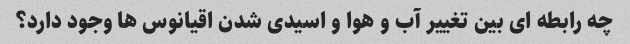
چه رابطه ای بین تغییر آب و هوا و اسیدی شدن اقیانوس ها وجود دارد؟